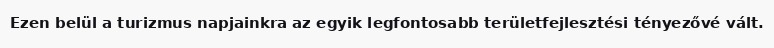
Ezen belül a turizmus napjainkra az egyik legfontosabb területfejlesztési tényezővé vált.